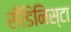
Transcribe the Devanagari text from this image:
सँडिनिस्टा